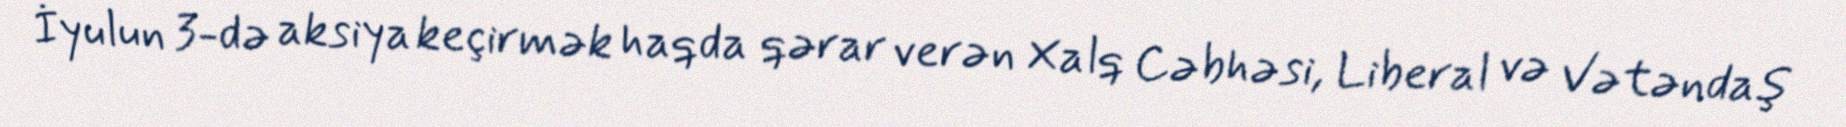
İyulun 3-də aksiya keçirmək haqda qərar verən Xalq Cəbhəsi, Liberal və Vətəndaş